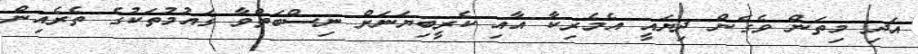
އަދި މިތަން ވެގެން ދިޔައީ އެމެރިކާ އާއި ކެރީބިޔަނަށް ނިސްބަތްވާ ޤައުމުތަކުގެ ތެރެއިން